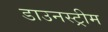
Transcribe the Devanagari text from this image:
डाउनस्‍ट्रीम